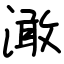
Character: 澉